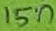
Text: 15n